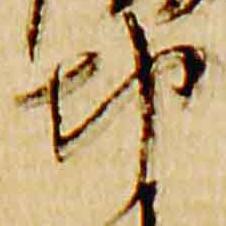
都